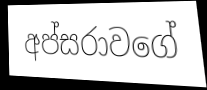
අප්සරාවගේ